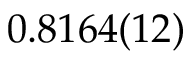
0 . 8 1 6 4 ( 1 2 )